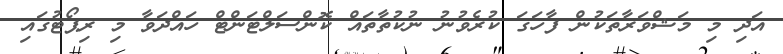
އަދި މި މަޝްވަރާތަކުން ފާހަގަ ކުރެވުނު ނުކުތާތައް ކޮންސަލްޓަންޓް ހައްދަވާ މި ރިޕޯޓުގައި